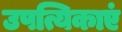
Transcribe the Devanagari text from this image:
उपत्यिकाएं